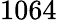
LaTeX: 1064